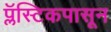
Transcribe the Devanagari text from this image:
प्लॅस्टिकपासून